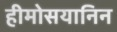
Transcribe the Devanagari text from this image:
हीमोसयानिन